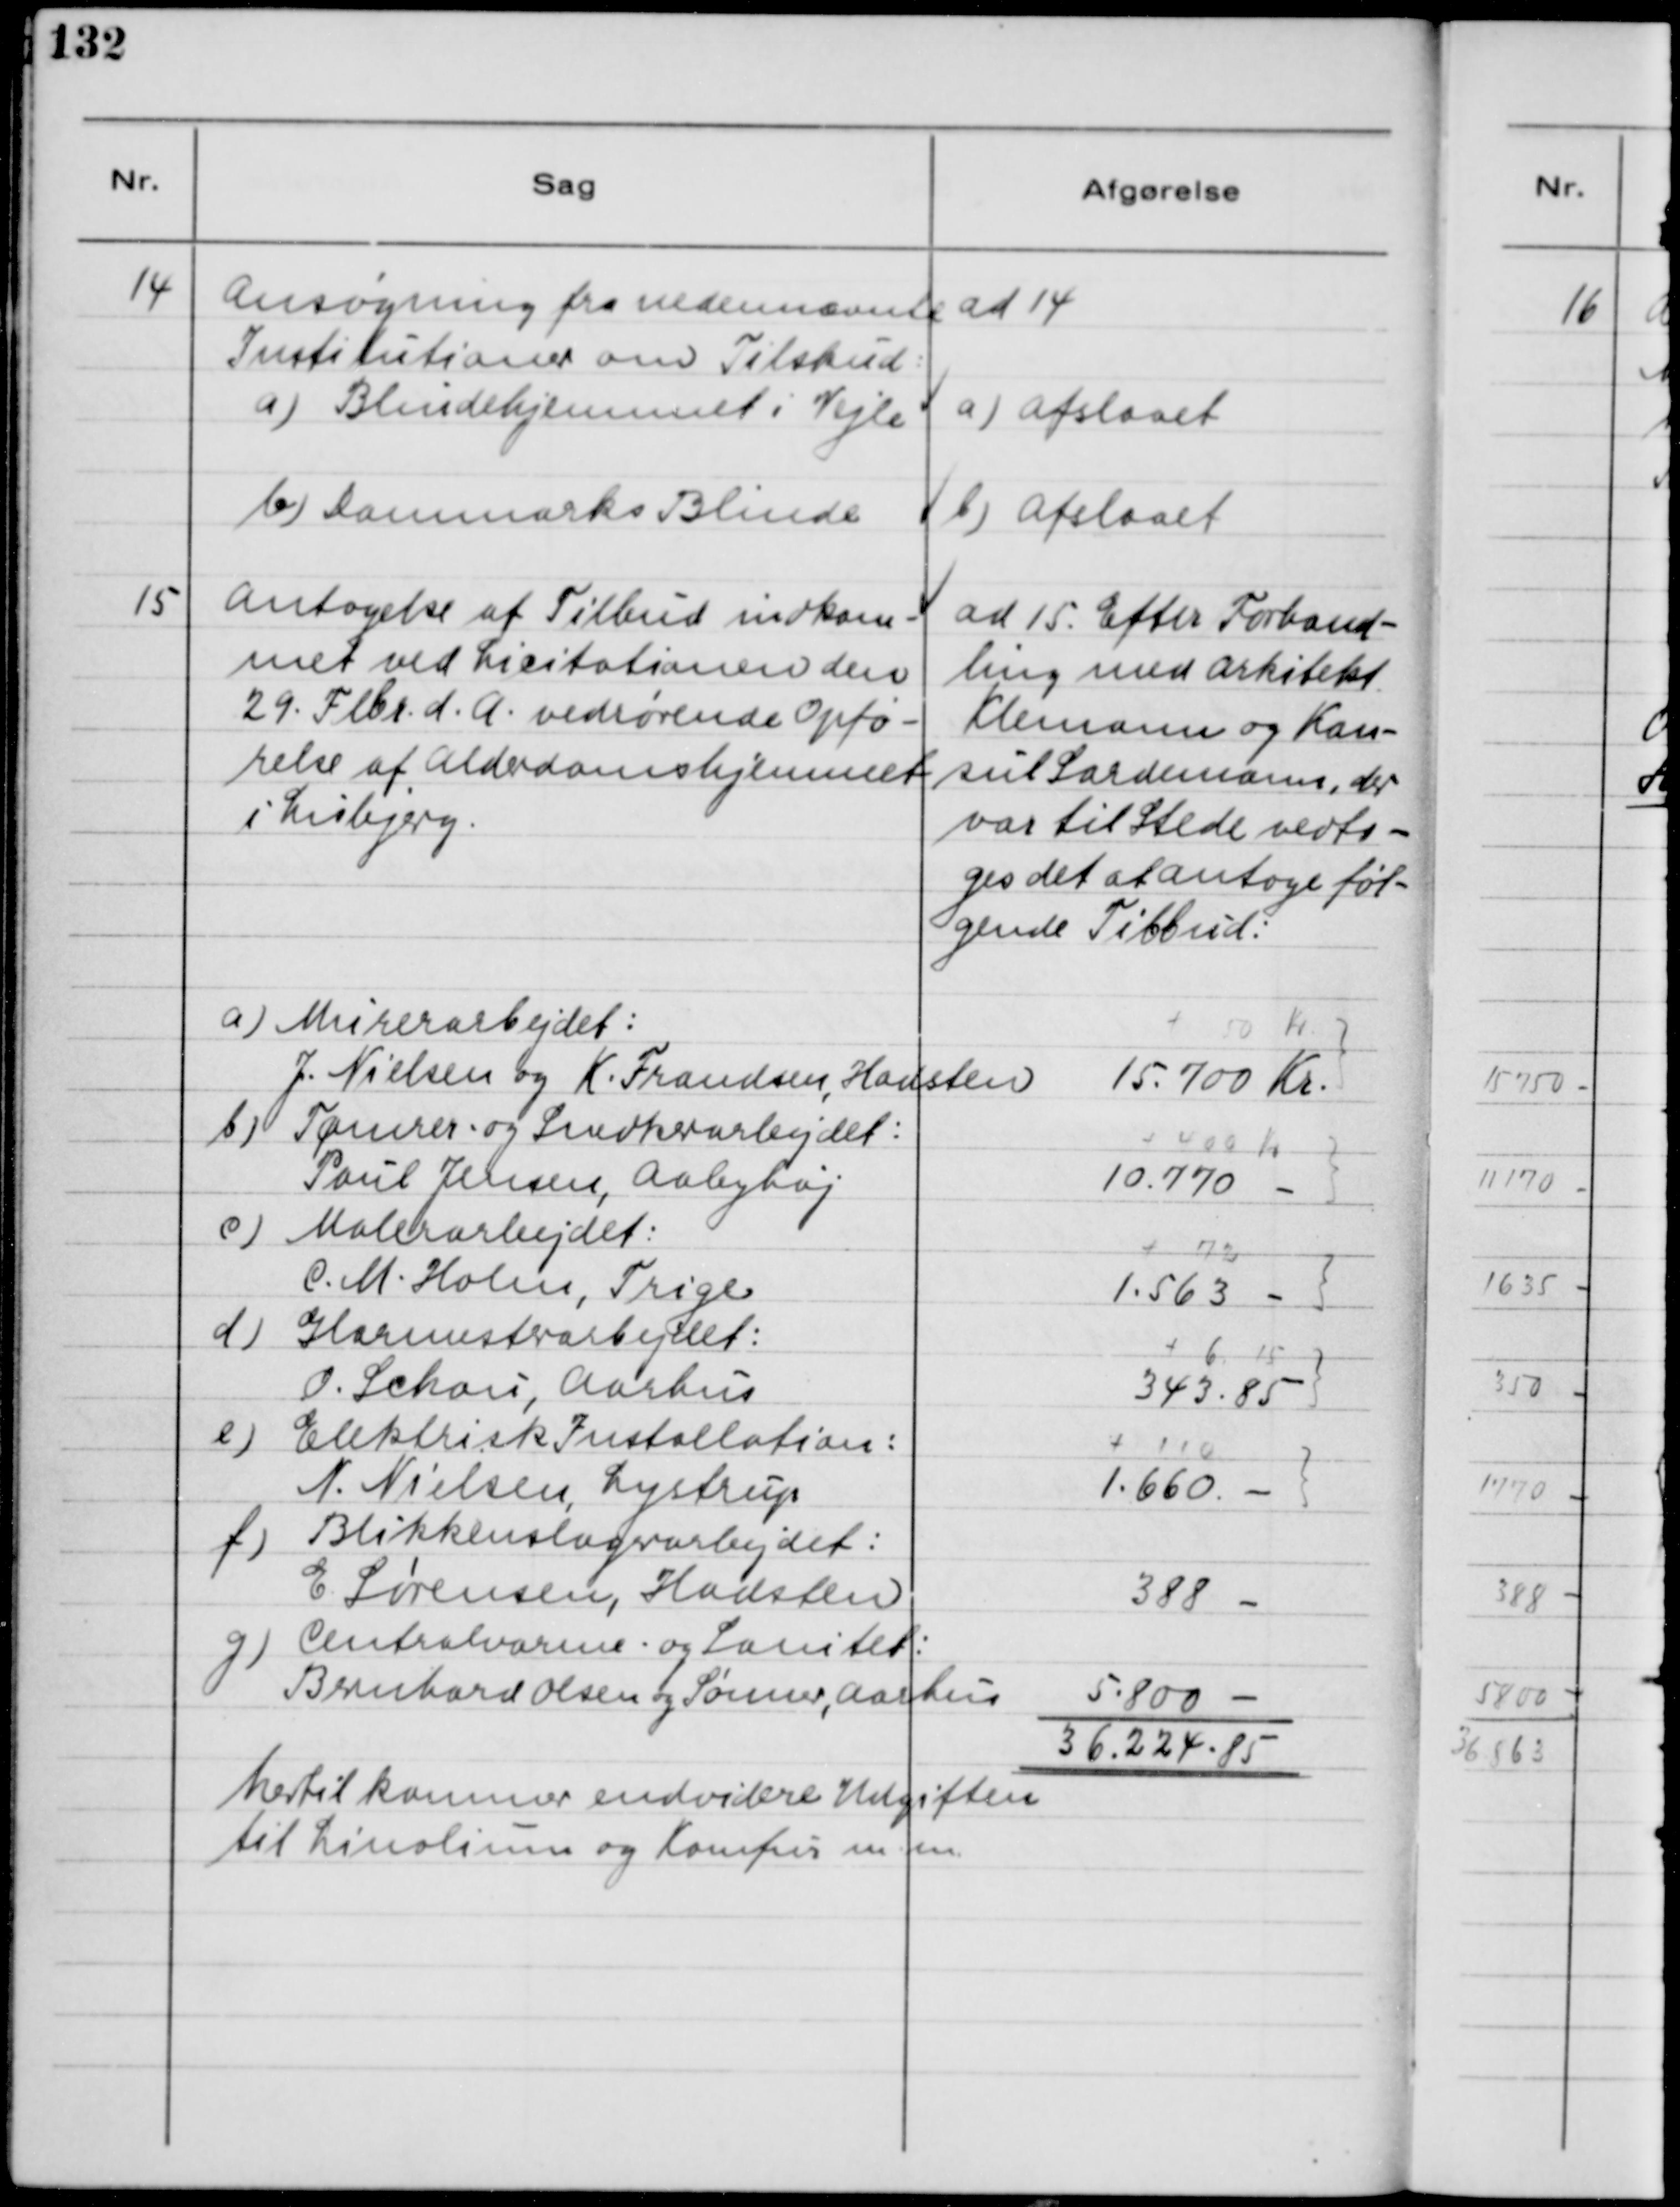
Transskription:
14
Ansøgning fra nedennævnte
Institutioner om Tilskud
a) Blindehjemmet i Vejle
b) Danmarks Blinde
ad 14
a) Afslaaet
b) Afslaaet
15
Antagelse af Tilbud indkom-
met ved Licitationen den
29. Febr. d.A. vedrørende Opfø-
relse af Alderdomshjemmet
i Lisbjerg.
ad 15. Efter Forhand-
ling med Arkitekt
Klemann og Kon-
sul Sardemann, der
var til Stede vedto-
ges det at antage føl-
gende Tilbud:
a) Murerarbejdet:
J. Nielsen og K. Frandsen, Hadsten
+ 50 Kr
15.700 Kr.
15750-
b) Tømrer og Snedkerarbejdet:
Poul Jensen, Aabyhøj
+ 400 Kr
10.770 -
11170-
c) Malerarbejdet:
C.M. Holm, Trige
+ 72
1.563 -
1635 -
d) Glarmesterarbejdet:
O. Schou, Aarhus
+ 6, 15
343,85
350 -
e) Elektrisk Installation:
N. Nielsen, Lystrup
+ 110
1.660-
1770-
f) Blikkenslagerarbejdet:
E. Sørensen, Hadsten
388 -
388 -
g) Centralvarme, og Sanitet:
Bernhard Olsen og Sønner, Aarhus
5.800 -
5800-
36.224,85
36863
hertil kommer endvidere Udgiften
til Linolium og Komfur m.m